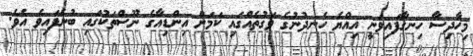
މިހާދިސާ ހިނގާފައިވަނީ އިއްޔެ ހެނދުނުގެ ވަގުތެއްގައި ކަަމަށް އިންޑިއާގެ ނޫސްތަކުގައި ބުނެފައިވެ އެވެ.